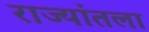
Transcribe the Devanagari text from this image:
राज्यांतला